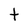
Character: t